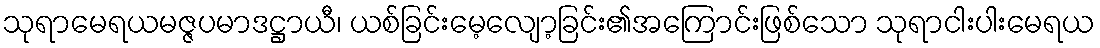
သုရာမေရယမဇ္ဇပမာဒဋ္ဌာယီ၊ ယစ်ခြင်းမေ့လျော့ခြင်း၏အကြောင်းဖြစ်သော သုရာငါးပါးမေရယ